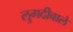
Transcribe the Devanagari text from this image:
लुगदीवाले